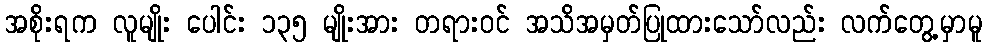
အစိုးရက လူမျိုး ပေါင်း ၁၃၅ မျိုးအား တရားဝင် အသိအမှတ်ပြုထားသော်လည်း လက်တွေ့မှာမူ